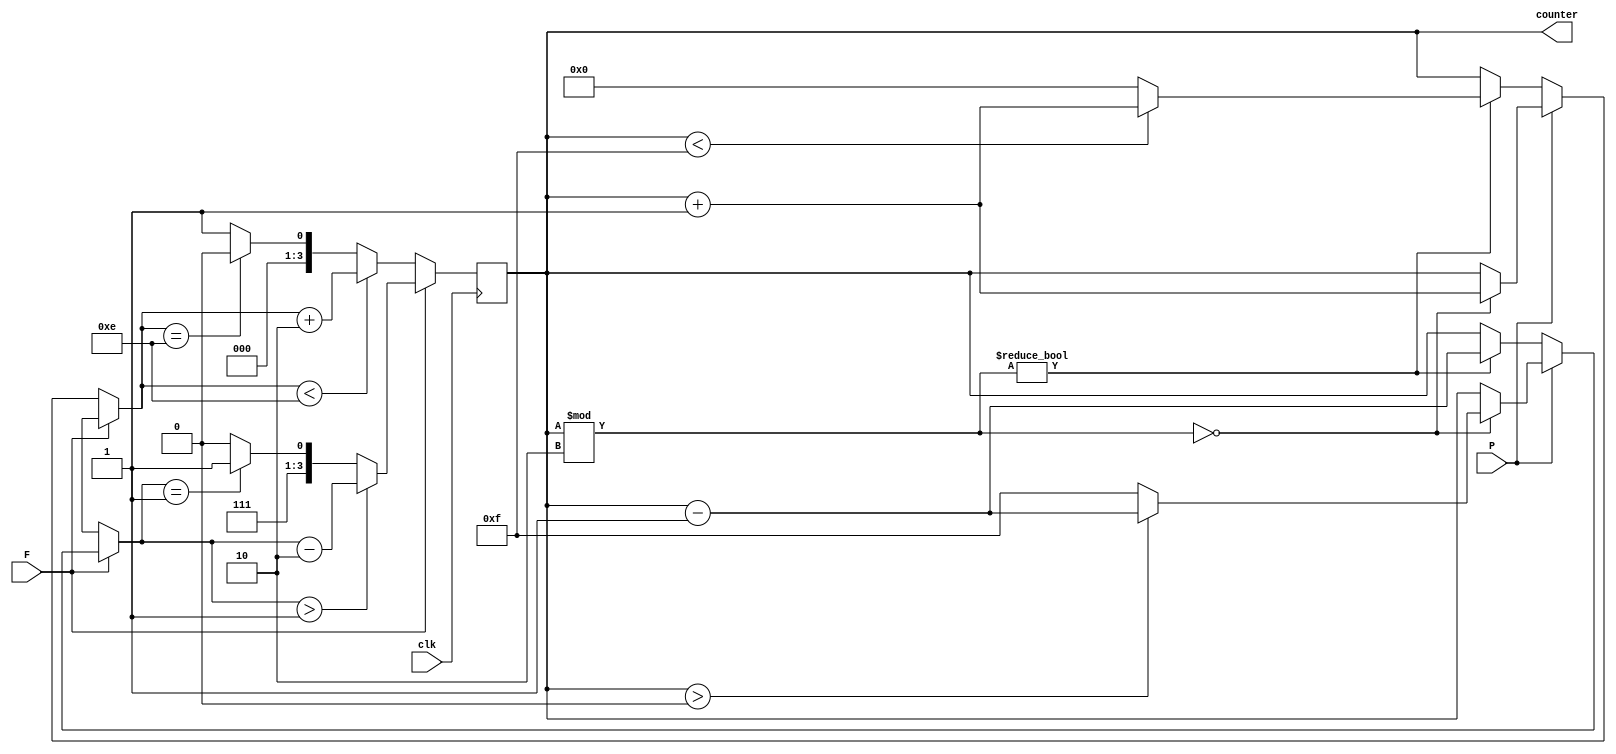
`timescale 1ns/1ps

module counter_odd_even(

    input clk, F, P,
    output reg [3:0] counter

);
initial begin
    counter = 4'd0;
end
    always@(posedge clk) begin

        if (F == 0) begin // forward

            if (P == 0) begin // even
                if (counter % 4'd2 != 4'd0) begin // if odd
                    //add one
                    if (counter < 4'd15) begin
                        counter = counter + 4'd1;
                    end
                    else begin
                        counter = 4'd0;
                    end
                end
            end

            else begin // odd
                if (counter % 4'd2 == 4'd0) begin //if even
                    //add one
                    counter = counter + 4'd1;
                end
            end

            // 5 

            // add two to maintain odd/even
            if (counter < 4'd14) begin
                counter = counter + 4'd2;
            end
            else if (counter == 4'd14) begin
                counter = 4'd0;
            end
            else begin
                counter = 4'd1;
            end
        end

        else begin // backward

            if (P == 0) begin // even
                if (counter % 4'd2 != 4'd0) begin // if odd
                    counter = counter - 4'd1; // subtract one
                end
            end

            else begin // odd
                if (counter % 4'd2 == 4'd0) begin // if even
                    //subtract one
                    if (counter > 4'd0) begin
                        counter = counter - 4'd1;
                    end
                    else  begin
                        counter = 4'd15;
                    end
                end
            end

            // subtract two to maintain odd/even
            if (counter > 4'd1) begin
                counter <= counter - 4'd2;
            end
            else if (counter == 4'd1) begin
                counter = 4'd15;
            end
            else begin
                counter = 4'd14;
            end
        end
    end

endmodule